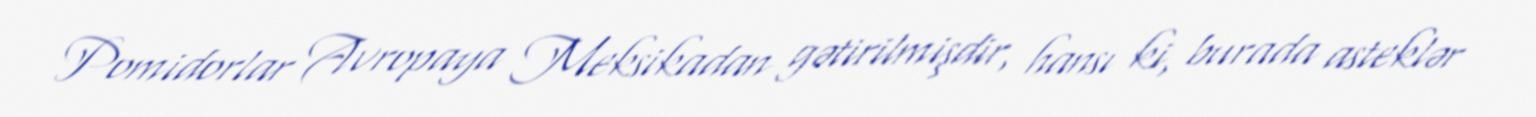
Pomidorlar Avropaya Meksikadan gətirilmişdir, hansı ki, burada asteklər